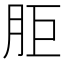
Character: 𰮒